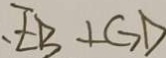
E B \bot G D